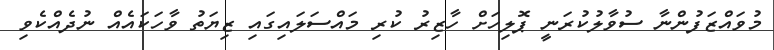
މުވައްޒަފުންނާ ސުވާލުކުރަނީ ޕޮލިހަށް ހާޒިރު ކުރި މައްސަލައިގައި ޒިޔަތު ވާހަކައެއް ނުދެއްކެވި